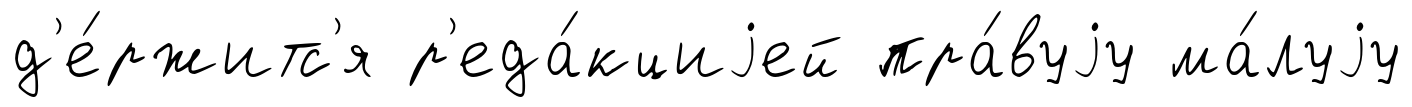
д'е́ржитс'я р'еда́кциjей пра́вуjу ма́луjу